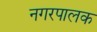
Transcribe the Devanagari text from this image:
नगरपालक